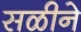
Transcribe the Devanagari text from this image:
सळीने